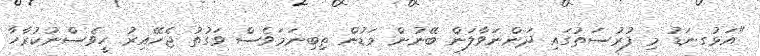
"އަޅުގނަޑު މި ފުރުސަތުގައި ދަންނަވާލަން ބޭނުން މަޑުން ތިބިނަމަވެސް ވަގުތު ޖެހޭއިރު ހީވެސްނުކުރާހާ